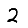
Digit: 2